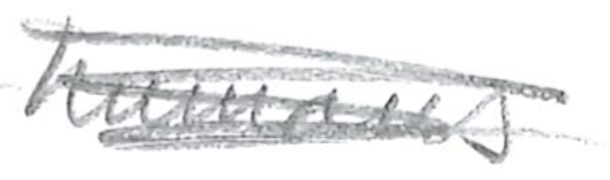
Text: humans
Cross-out: scratch
Writing tool: pencil